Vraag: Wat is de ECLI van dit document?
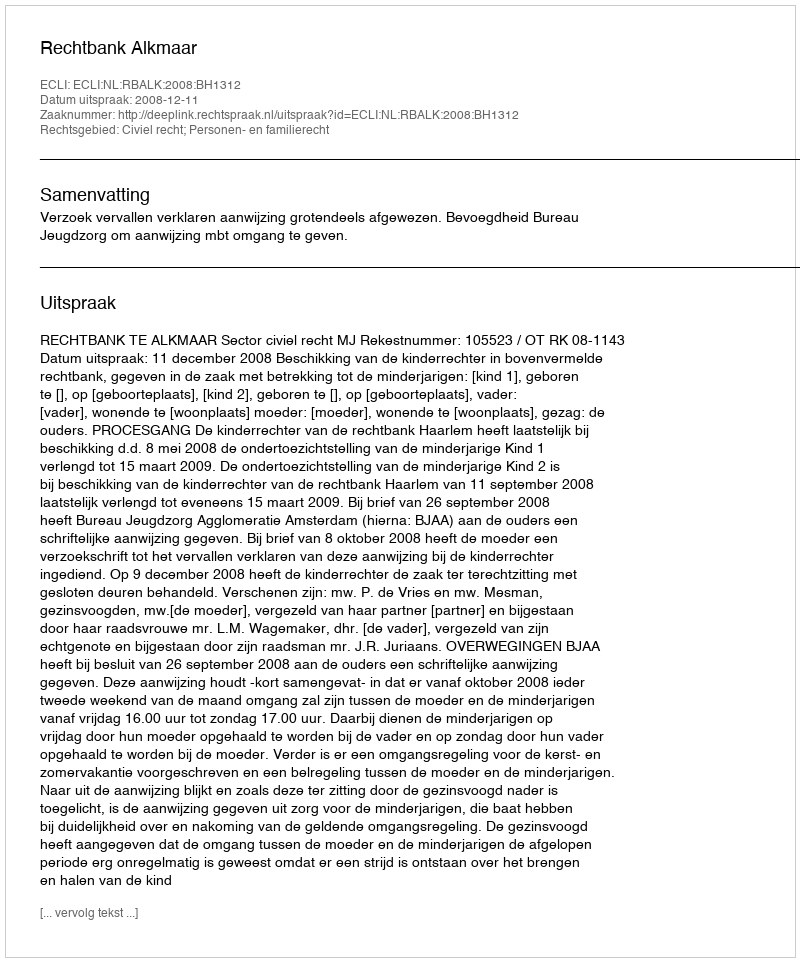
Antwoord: ECLI:NL:RBALK:2008:BH1312